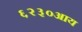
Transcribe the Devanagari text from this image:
६२३०आय